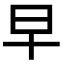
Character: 早